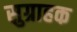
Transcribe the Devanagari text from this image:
सुग्राहक